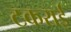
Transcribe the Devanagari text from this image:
टकराईं